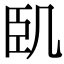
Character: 𠙉